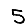
Digit: 5